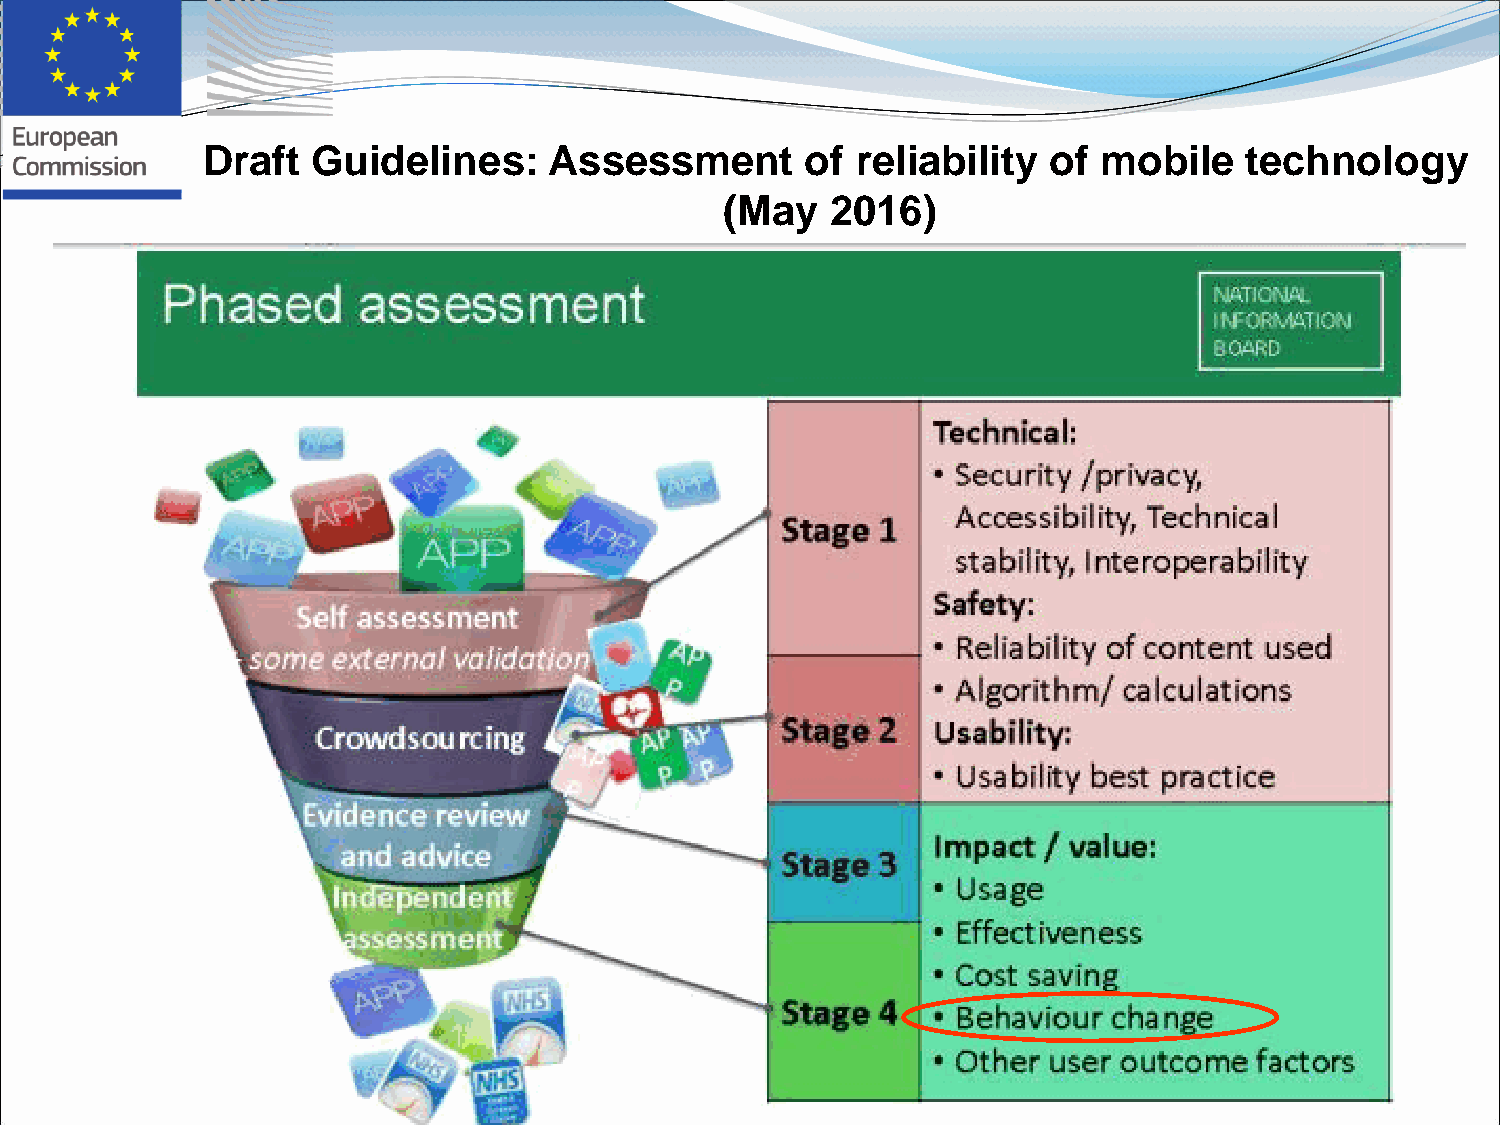
Draft   Guidelines:    Assessment       of  reliability  of mobile   technology
 (May   2016)
 7